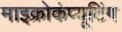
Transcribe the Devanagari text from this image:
माइक्रोकंप्यूटिंग